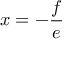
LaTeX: x = - { \frac { f } { e } }